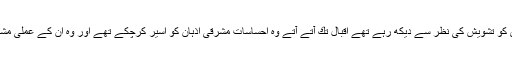
غالب جن اقدار كی وقوع پذیری كو تشویش كی نظر سے دیكھ رہے تھے اقبال تك آتے آتے وہ احساسات مشرقی اذہان كو اسیر كرچكے تھے اور وہ ان كے عملی مشاہدات كے گواہ بن چكے تھے ۔